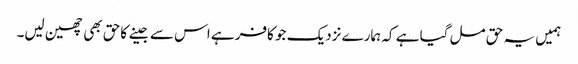
ہمیں یہ حق مل گیا ہے کہ ہمارے نزدیک جو کافر ہے اس سے جینے کاحق بھی چھین لیں۔